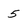
Character: 5